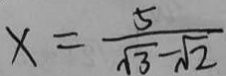
x = \frac { 5 } { \sqrt { 3 } - \sqrt { 2 } }